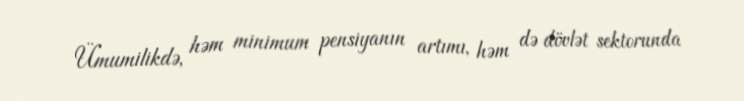
Ümumilikdə, həm minimum pensiyanın artımı, həm də dövlət sektorunda